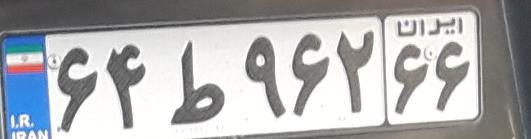
۶۴ط۹۶۲۶۶